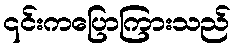
၎င်းကပြောကြားသည်